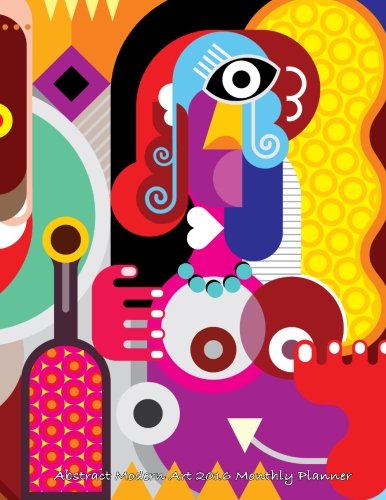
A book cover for Abstract Modern Art 2016 Monthly Planner; Laura's Cute Planners; Business & Money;